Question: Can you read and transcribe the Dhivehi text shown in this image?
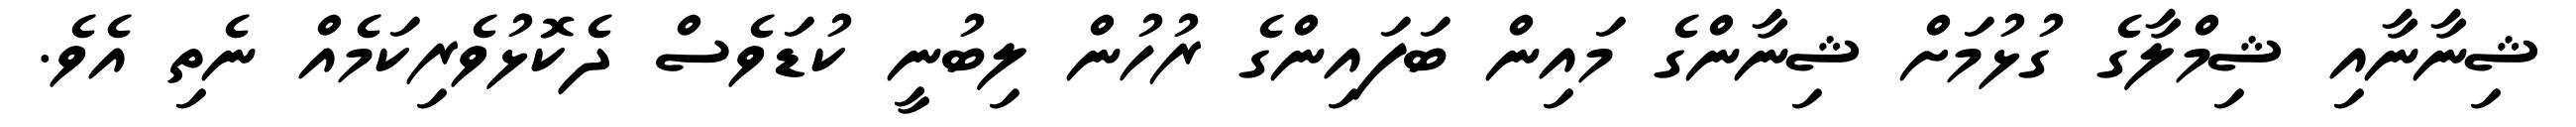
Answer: ޝިނާނާއި ޝިމްލާގެ ގުޅުމަށް ޝިނާންގެ މައިން ބަފައިންގެ ރުހުން ލިބުނީ ކުޑަވެސް ދެކޮޅުވެރިކަމެއް ނެތި އެވެ.